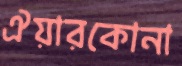
ঐয়ারকোনা